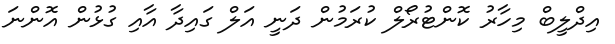
އިދްލީބް މިހާރު ކޮންޓުރޯލް ކުރަމުން ދަނީ އަލް ގައިދާ އާއި ގުޅުން އޮންނަ